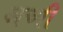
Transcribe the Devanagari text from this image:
अच्पी